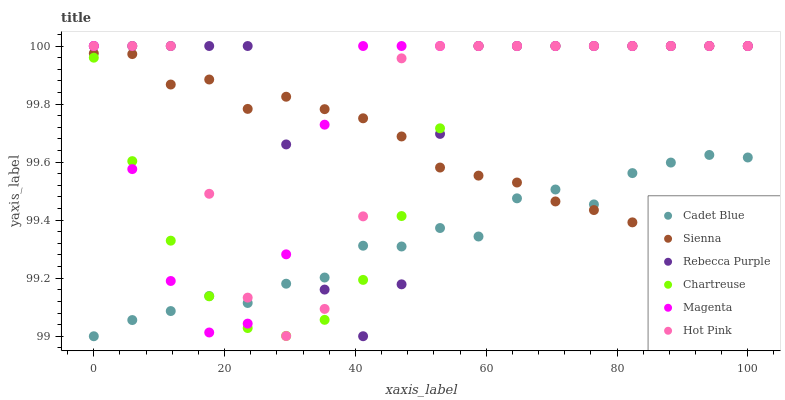
| xaxis_label | Cadet Blue | Sienna | Rebecca Purple | Chartreuse | Magenta | Hot Pink |
 | --- | --- | --- | --- | --- | --- | --- |
 | 0 | 99 | 100 | 100 | 100 | 100 | 100 |
 | 5.88 | 99.1 | 100 | 100 | 99.6 | 99.6 | 100 |
 | 11.8 | 99.1 | 99.9 | 100 | 99.3 | 99.2 | 100 |
 | 17.6 | 99.1 | 99.9 | 100 | 99.1 | 99 | 99.5 |
 | 23.5 | 99.1 | 99.8 | 100 | 99 | 99 | 99.1 |
 | 29.4 | 99.2 | 99.8 | 99.7 | 99 | 99.3 | 99 |
 | 35.3 | 99.2 | 99.8 | 99.2 | 99.1 | 99.7 | 99.1 |
 | 41.2 | 99.3 | 99.8 | 99 | 99.2 | 100 | 99.4 |
 | 47.1 | 99.3 | 99.7 | 99.2 | 99.4 | 100 | 100 |
 | 52.9 | 99.4 | 99.6 | 99.7 | 99.7 | 100 | 100 |
 | 58.8 | 99.3 | 99.6 | 100 | 100 | 100 | 100 |
 | 64.7 | 99.5 | 99.5 | 100 | 100 | 100 | 100 |
 | 70.6 | 99.5 | 99.5 | 100 | 100 | 100 | 100 |
 | 76.5 | 99.5 | 99.4 | 100 | 100 | 100 | 100 |
 | 82.4 | 99.6 | 99.4 | 100 | 100 | 100 | 100 |
 | 88.2 | 99.6 | 99.4 | 100 | 100 | 100 | 100 |
 | 94.1 | 99.6 | 99.3 | 100 | 100 | 100 | 100 |
 | 100 | 99.6 | 99.2 | 100 | 100 | 100 | 100 |